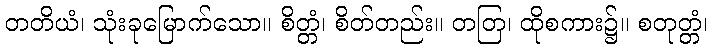
တတိယံ၊ သုံးခုမြောက်သော။ စိတ္တံ၊ စိတ်တည်း။ တတြ၊ ထိုစကား၌။ စတုတ္တံ၊